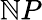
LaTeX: \mathbb{N}P